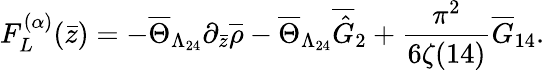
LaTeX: F_{L}^{(\alpha)}(\bar{z})=-\overline{{{\Theta}}}_{\Lambda_{24}}\partial_{\bar{z}}\overline{{{\rho}}}-\overline{{{\Theta}}}_{\Lambda_{24}}\overline{{{\hat{G}}}}_{2}+\frac{\pi^{2}}{6\zeta(14)}\overline{{{G}}}_{14}.